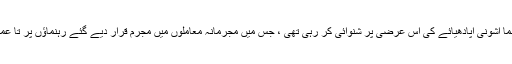
سپریم کورٹ وکیل اور بی جے پی رہنما اشونی اپادھیائے کی اس عرضی پر شنوائی کر رہی تھی ، جس میں مجرمانہ معاملوں میں مجرم قرار دیے گئے رہنماؤں پر تا عمر روک لگانے کی مانگ کی گئی ہے۔